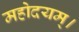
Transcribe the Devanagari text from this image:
महोदयम्।